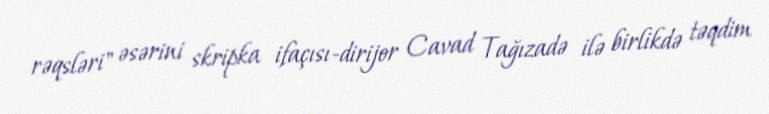
rəqsləri" əsərini skripka ifaçısı-dirijor Cavad Tağızadə ilə birlikdə təqdim